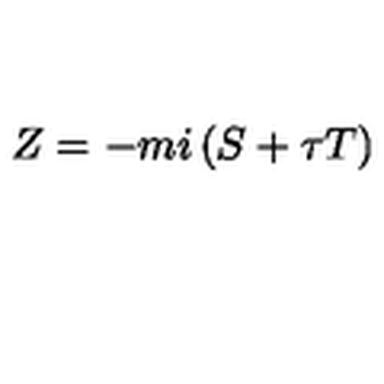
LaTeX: Z = - m i \left( S + \tau T \right)